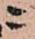
ニ